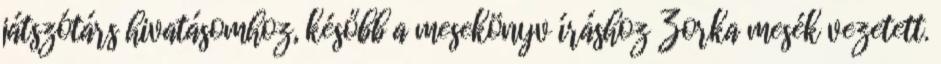
játszótárs hivatásomhoz, később a mesekönyv íráshoz Zorka mesék vezetett.